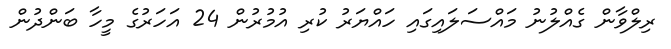
ރިލްވާން ގެއްލުނު މައްސަލައިގައި ހައްޔަރު ކުރި އުމުރުން 24 އަހަރުގެ މީހާ ބަންދުން